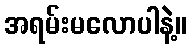
အရမ်းမလောပါနဲ့။